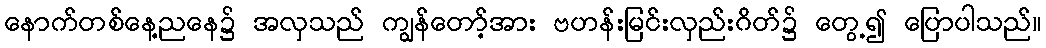
နောက်တစ်နေ့ညနေ၌ အလှသည် ကျွန်တော့်အား ဗဟန်းမြင်းလှည်းဂိတ်၌ တွေ့၍ ပြောပါသည်။